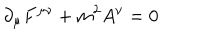
\partial _ { \mu } F ^ { \mu \nu } + m ^ { 2 } A ^ { \nu } = 0